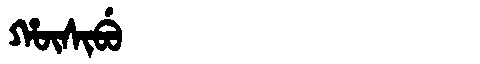
Manchu: ᡥᡡᠰᡳᠪᡠ
Romanization: HŪSIBU